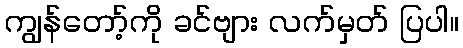
ကျွန်တော့်ကို ခင်ဗျား လက်မှတ် ပြပါ။